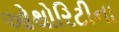
ઓથોરિટીના